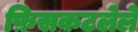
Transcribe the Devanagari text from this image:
फ़िसकटलेले